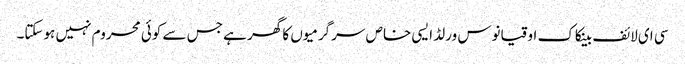
سی ای لائف بینکاک اوقیانوس ورلڈ ایسی خاص سرگرمیوں کا گھر ہے جس سے کوئی محروم نہیں ہوسکتا۔